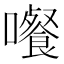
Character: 𡄄